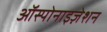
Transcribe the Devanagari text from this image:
ऑस्पोनाइज़ेशन